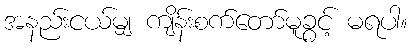
အနည်းငယ်မျှ ကျိန်းစက်တော်မူခွင့် မရပါ။